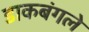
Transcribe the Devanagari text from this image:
डाकबंगले